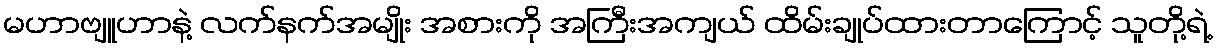
မဟာဗျူဟာနဲ့ လက်နက်အမျိုး အစားကို အကြီးအကျယ် ထိမ်းချုပ်ထားတာကြောင့် သူတို့ရဲ့